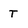
Character: T